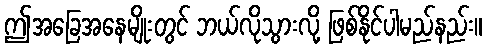
ဤအခြေအနေမျိုးတွင် ဘယ်လိုသွားလို့ ဖြစ်နိုင်ပါမည်နည်း။